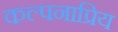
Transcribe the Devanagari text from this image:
कल्पनाप्रिय